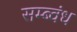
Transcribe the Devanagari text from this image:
सम्ब्वंध